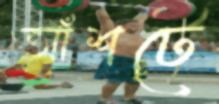
আঁশটে